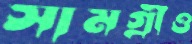
সামগ্রীও